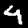
Label: 4